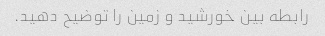
رابطه بین خورشید و زمین را توضیح دهید.